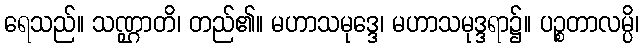
ရေသည်။ သဏ္ဌာတိ၊ တည်၏။ မဟာသမုဒ္ဒေ၊ မဟာသမုဒ္ဒရာ၌။ ပဉ္စတာလမ္ပိ၊